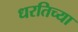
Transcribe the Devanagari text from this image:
धरतिच्या